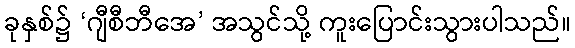
ခုနှစ်၌ ‘ဂျီစီဘီအေ’ အသွင်သို့ ကူးပြောင်းသွားပါသည်။